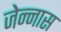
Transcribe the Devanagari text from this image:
जेन्नास